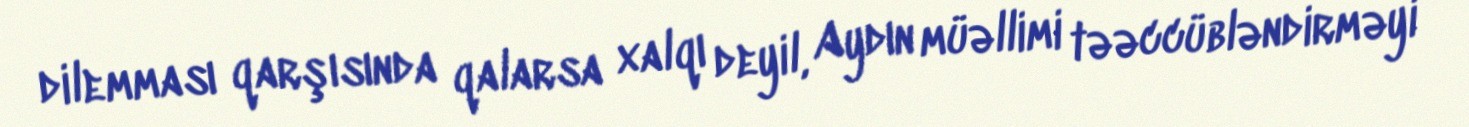
dilemması qarşısında qalarsa xalqı deyil, Aydın müəllimi təəccübləndirməyi